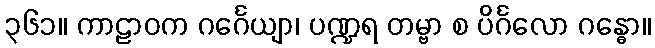
၃၆၁။ ကာဠာဝက ဂင်္ဂေယျာ၊ ပဏ္ဍရ တမ္ဗာ စ ပိင်္ဂလော ဂန္ဓော။